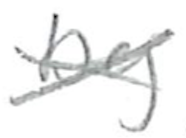
Text: by
Cross-out: cross
Writing tool: pencil